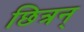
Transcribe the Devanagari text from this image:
छित्रन्